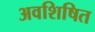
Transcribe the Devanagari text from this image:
अवशिषित